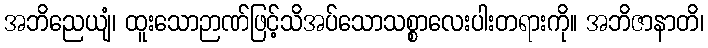
အဘိညေယျံ၊ ထူးသောဉာဏ်ဖြင့်သိအပ်သောသစ္စာလေးပါးတရားကို။ အဘိဇာနာတိ၊